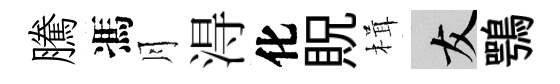
騰馮月淂化貺楫友鶚